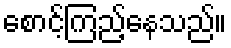
စောင့်ကြည့်နေသည်။